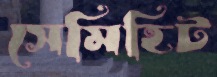
সেমিহিট